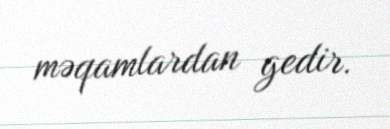
məqamlardan gedir.